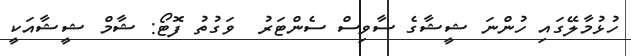
ހުޅުމާލޭގައި ހުންނަ ޝީޝާގެ ސާވިސް ސެންޓަރު  ވަގުތު ފޮޓޯ: ޝާމް ޝީޝާއަކީ